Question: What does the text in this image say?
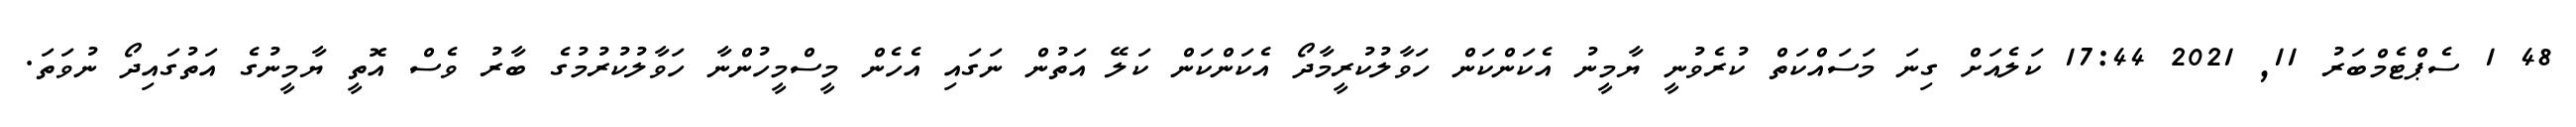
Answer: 48 1 ސެޕްޓެމްބަރު 11, 2021 17:44 ކަލެއަށް ގިނަ މަސައްކަތް ކުރެވުނީ ޔާމީނު އެކަންކަން ހަވާލުކުރީމާދޯ އެކަންކަން ކަލޭ އަތުން ނަގައި އެހެން މީސްމީހުންނާ ހަވާލުކުރުމުގެ ބާރު ވެސް އޮތީ ޔާމީނުގެ އަތުގައިދޯ ނުވަތަ.